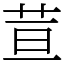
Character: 荁